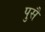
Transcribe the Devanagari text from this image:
पुसै